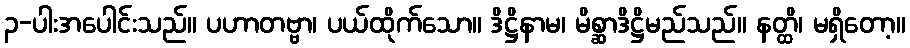
၃-ပါးအပေါင်းသည်။ ပဟာတဗ္ဗာ၊ ပယ်ထိုက်သော။ ဒိဋ္ဌိနာမ၊ မိစ္ဆာဒိဋ္ဌိမည်သည်။ နတ္ထိ၊ မရှိတော့။